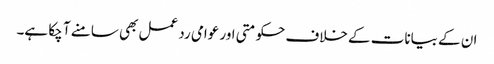
ان کے بیانات کے خلاف حکومتی اور عوامی رد عمل بھی سامنے آ چکا ہے۔